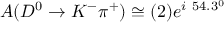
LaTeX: A ( D ^ { 0 } \to K ^ { - } \pi ^ { + } ) \cong ( 2 ) e ^ { i ~ 5 4 . 3 ^ { 0 } }